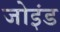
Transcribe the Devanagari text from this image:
जोइंड